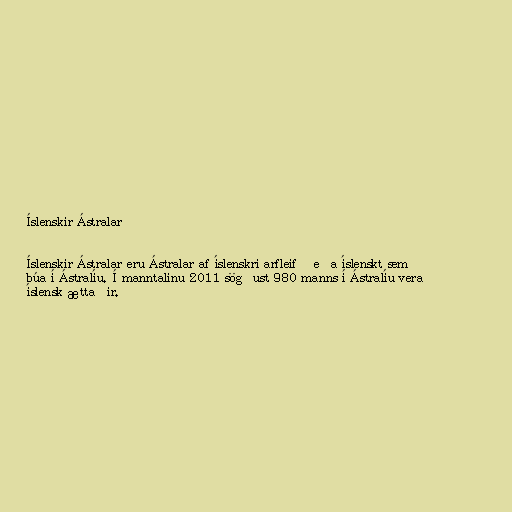
Íslenskir ​​Ástralar

Íslenskir Ástralar eru Ástralar af íslenskri arfleifð eða íslenskt sem
búa í Ástralíu. Í manntalinu 2011 sögðust 980 manns í Ástralíu vera
íslensk ættaðir.